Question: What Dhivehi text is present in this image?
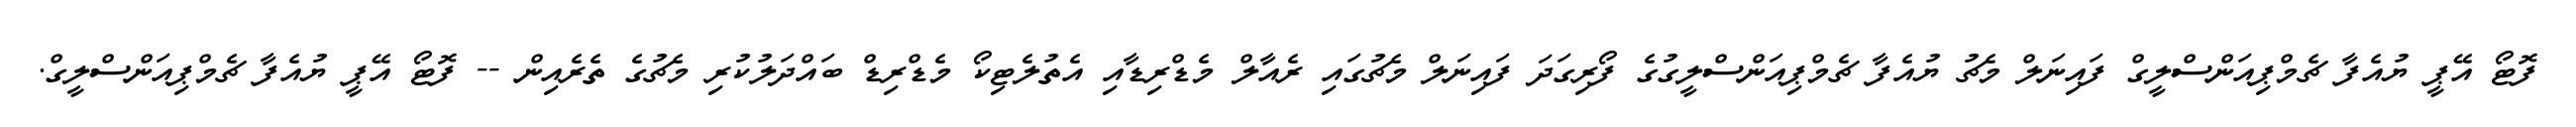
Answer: ފޮޓޯ އޭޕީ ޔުއެފާ ޗެމްޕިއަންސްލީގް ފައިނަލް މެޗު ޔުއެފާ ޗެމްޕިއަންސްލީގުގެ ފޯރިގަދަ ފައިނަލް މެޗުގައި ރެއާލް މެޑްރިޑާއި އެތުލެޓިކޯ މެޑްރިޑް ބައްދަލުކުރި މެޗުގެ ތެރެއިން -- ފޮޓޯ އޭޕީ ޔުއެފާ ޗެމްޕިއަންސްލީގް.